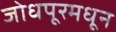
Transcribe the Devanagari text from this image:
जोधपूरमधून